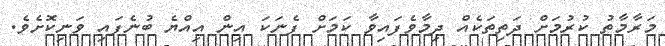
މަރާމާތު ކުރުމަށް ދަތިތަކެއް ދިމާވެފައިވާ ކަމަށް ފެނަކަ އިން އިއްޔެ ބުނެފައި ވަނިކޮށެވެ.